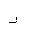
Letter: _zay